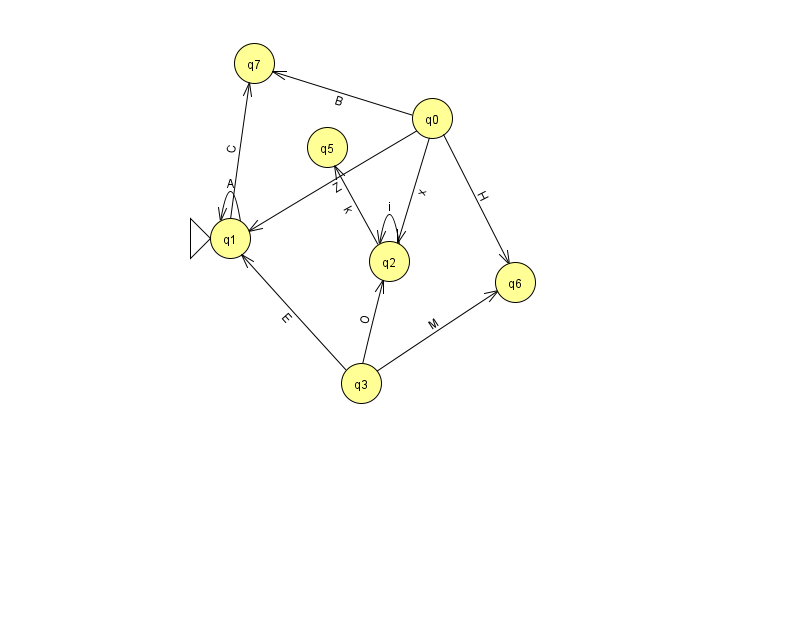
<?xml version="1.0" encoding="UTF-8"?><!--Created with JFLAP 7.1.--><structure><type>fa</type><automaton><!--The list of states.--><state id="0" name="q0"><x>432.0</x><y>105.0</y></state><state id="1" name="q1"><x>230.0</x><y>225.0</y><initial/></state><state id="2" name="q2"><x>389.0</x><y>248.0</y></state><state id="3" name="q3"><x>361.0</x><y>370.0</y></state><state id="5" name="q5"><x>327.0</x><y>134.0</y></state><state id="6" name="q6"><x>515.0</x><y>269.0</y></state><state id="7" name="q7"><x>254.0</x><y>50.0</y></state><!--The list of transitions.--><transition><from>1</from><to>1</to><read>A</read></transition><transition><from>3</from><to>6</to><read>M</read></transition><transition><from>3</from><to>2</to><read>O</read></transition><transition><from>3</from><to>1</to><read>E</read></transition><transition><from>2</from><to>5</to><read>k</read></transition><transition><from>1</from><to>7</to><read>C</read></transition><transition><from>0</from><to>1</to><read>Z</read></transition><transition><from>0</from><to>2</to><read>x</read></transition><transition><from>0</from><to>6</to><read>H</read></transition><transition><from>2</from><to>2</to><read>i</read></transition><transition><from>0</from><to>7</to><read>B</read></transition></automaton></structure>